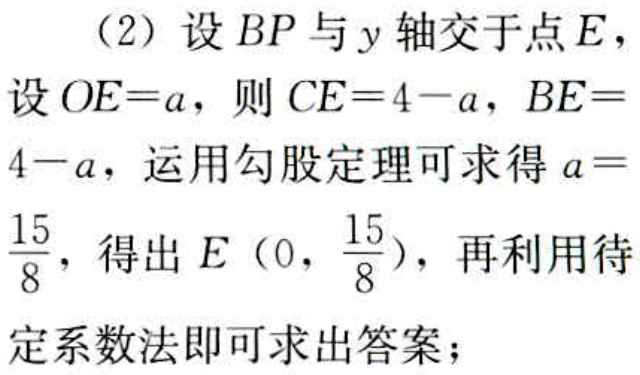
（2）设 \(BP\) 与 \(y\) 轴交于点 \(E\)，设 \(OE = a\)，则 \(CE = 4 - a\)，\(BE = 4 - a\)，运用勾股定理可求得 \(a=\frac{15}{8}\)，得出 \(E\left(0,\frac{15}{8}\right)\)，再利用待定系数法即可求出答案；